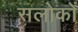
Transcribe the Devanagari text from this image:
सलोकों